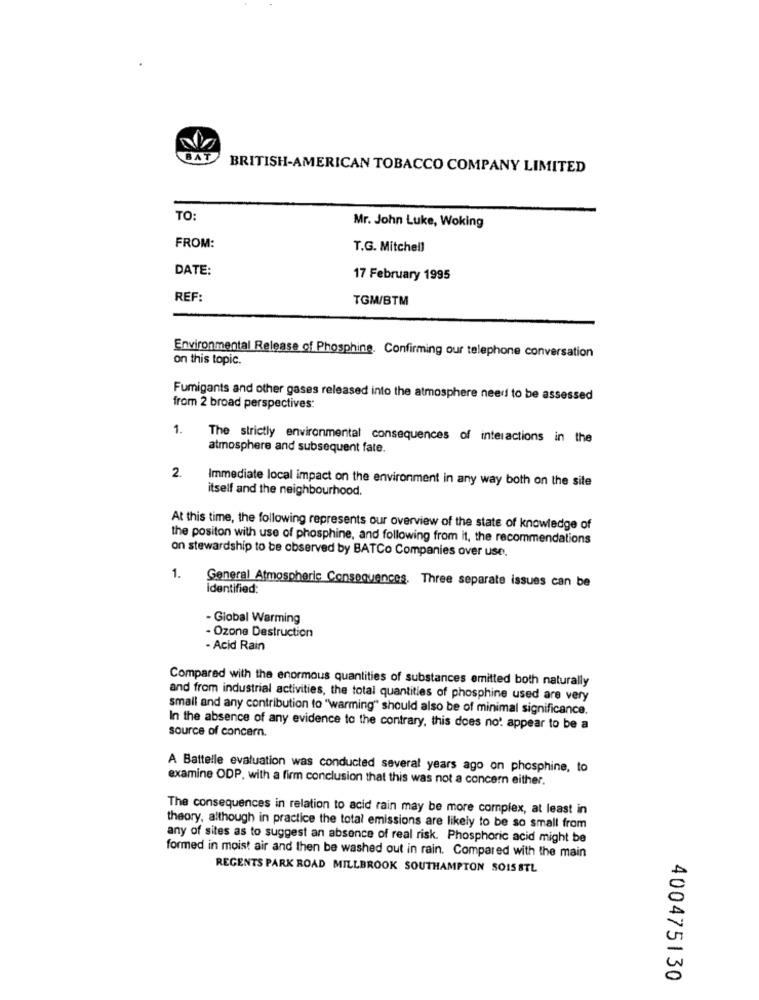
BAT
BRITISH-AMERICAN TOBACCO COMPANY LIMITED
TO
Mr. John Luke, Woking
FROM:
T.G. Mitchell
DATE:
17 February 1995
REF:
TGM/BTM
Environmental Release of Phosphine. Confirming our telephone conversation
on this topic.
Fumigants and other gases released into the atmosphere need to be assessed
from 2 broad perspectives:
1.
The strictly environmental consequences of interactions in the
atmosphere and subsequent fate.
2.
Immediate local impact on the environment in any way both on the site
itself and the neighbourhood.
At this time, the following represents our overview of the state of knowledge of
the positon with use of phosphine, and following from it, the recommendations
on stewardship to be observed by BATCo Companies over use.
1.
General Atmospheric Consequences. Three separate issues can be
identified:
- Global Warming
- Ozone Destruction
- Acid Rain
Compared with the enormous quantities of substances emitted both naturally
and from industrial activities, the total quantities of phosphine used are very
small and any contribution to "warming" should also be of minimal significance.
In the absence of any evidence to the contrary, this does not appear to be a
source of concern.
A Battelle evaluation was conducted several years ago on phosphine, to
examine ODP, with a firm conclusion that this was not a concern either.
The consequences in relation to acid rain may be more complex, at least in
theory, although in practice the total emissions are likely to be so small from
any of sites as to suggest an absence of real risk. Phosphoric acid might be
formed in moist air and then be washed out in rain. Compared with the main
REGENTS PARK ROAD MILLBROOK SOUTHAMPTON SO15 STL
400475130